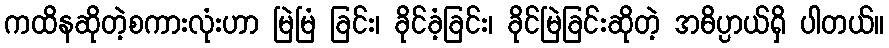
ကထိနဆိုတဲ့စကားလုံးဟာ မြဲမြံ ခြင်း၊ ခိုင်ခံ့ခြင်း၊ ခိုင်မြဲခြင်းဆိုတဲ့ အဓိပ္ပာယ်ရှိ ပါတယ်။